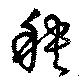
秧